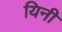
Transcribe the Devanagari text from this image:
यिनी